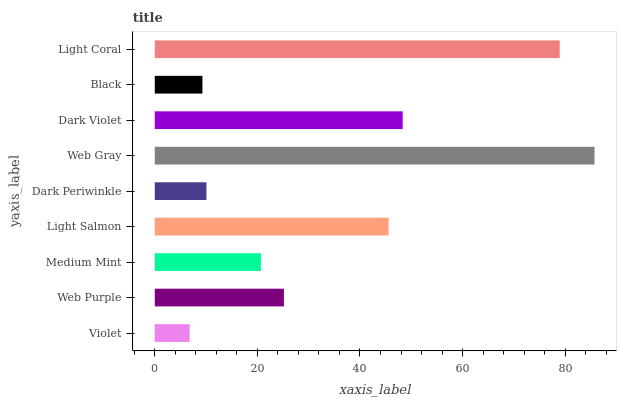
| yaxis_label | bars |
 | --- | --- |
 | Violet | 6.79 |
 | Web Purple | 25.2 |
 | Medium Mint | 20.7 |
 | Light Salmon | 45.6 |
 | Dark Periwinkle | 10.1 |
 | Web Gray | 85.7 |
 | Dark Violet | 48.3 |
 | Black | 9.29 |
 | Light Coral | 78.9 |